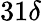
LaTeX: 31\delta